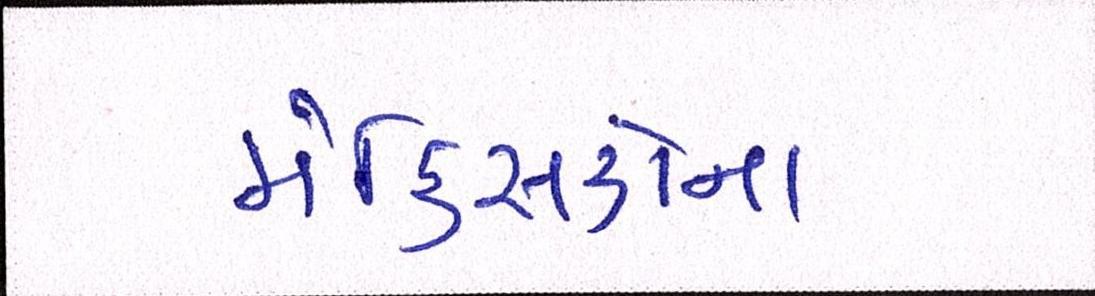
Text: મેક્સિકોના